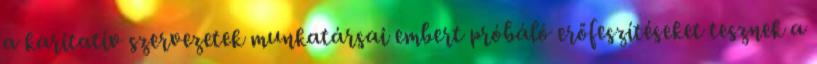
a karitatív szervezetek munkatársai embert próbáló erőfeszítéseket tesznek a